Leaving Certificate Examination, 1907
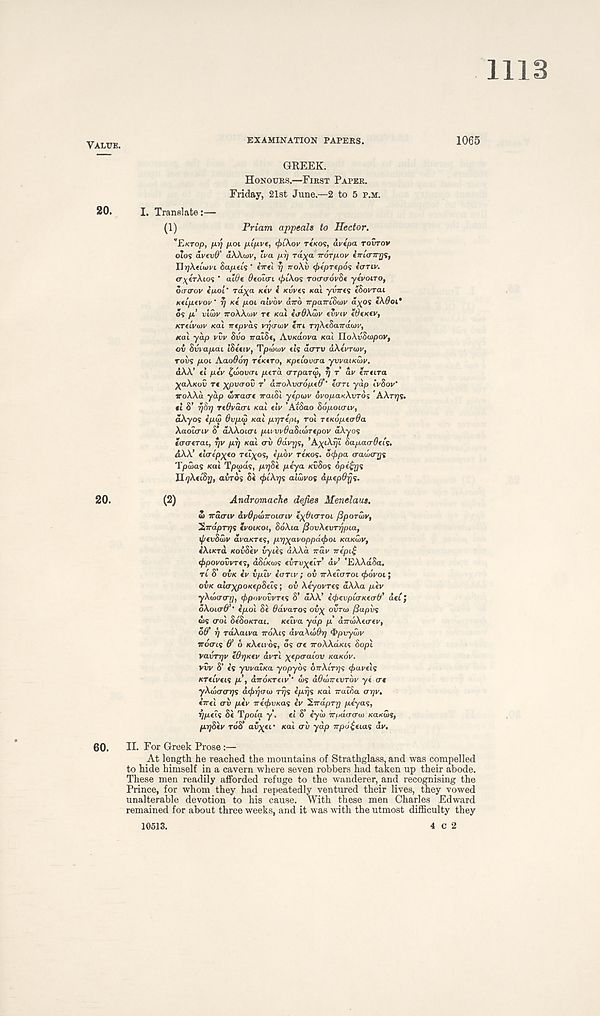
VALUE.
EXAMINATION PAPEKS.
1065
GREEK.
HONOURS.—FIRST PAPER.
Friday, 21st June.—2 to 5 P.M.
20.
I. Translate:—
(1)
Priam appeals to Hector.
"E-KTOp, p.r) poi fJLL/JLVf, <j>C\oV TfKO<S, aVtpO. TOVTOV
otos dv(v@' dWwv, Iva pi] rd^a rrorpoy € Trier TTIJS,
UrjAeiarri Sa/xeis ' end r] TTOXU (fitprepos hjTiv.
c^eVAios * aWe Oeoio’t </)iAos TocraovSe yevoiro,
oatrov epoi * rd^a K«V i Kvves KCLI yvne<s ebovrai
neLptvov ‘ ^ K€ poi alvov dno npaniSoiv d^os «Adoi*
os /*’ ulior iroAA.wi' rt xai ecrdAdii' evrtp lOtKev,
KTeivoiv KOI wepva<; vqawv eiri TrjXeSandwr,
teal yap vvv Svo iralSe, Avudova Kal HoXvSoipov,
oh Smapai ISeeiv, Tpiowv eU doru akemuiv,
Toils poL Aaodorj rexero, Kpelovaa yvvaiK<hy.
dAA’ el pev ^liioviri perd o-rparw, T] T dv eneira
^aXieov re xpvcrov r dirokvcroped’' eern yap irSoy*
iroAAd yap wnaere naiSl yepon* ovopaxkvTos 'AXTTJS.
ci 8’ 77877 re6vo.cn xal elv ’AiSao SopoLcnv,
dAyos epiZ 6vp<p Kal pr/repi, roi rexopeada
Xaoicnv 8’ dAAoicri pii vvOaduhrepov dAyos
iaaerai, rjv pi] xal av 6dvr)<;t 'AypArji bapaadeis.
dAA’ elcrep^eo rei^os, f/xdr Texas. ocf>pa <ra<i>ar]s
Tpwas Kai Tpwds, /tXTjSi peya KOSOS opefcrjs
D^AciSj;, aords 8* <f>lXr]s alwvos apepdfjS.
20.
(2)
Andromache defies Menelaus.
<L naxrtv dvOpeLnounv t^^nrroi fiporuiv,
^ndpTrjs evoLxoi, 8dAta fiovXevrrjpLa,
if/evSwv avaxres, prj^avoppdeboL xaxCiV,
eXixra xovSev hyies dXXd ndv nepi£
iftpovovvTes, dSlxws eirv^elr dv 'EAAdSo.
ri 8’ oi/c ci/ vplv eanv ; oh nXeioroi <f>6voi]
ohx ala^poxepStLS; oh Xeyovres dXXa pev
yAojcrcrr;, eppovovvres 8’ dAA’ ecfrevploKeo-d’ del,
oXoicrd’' epo'i 8« OOVUTOS oh\ OVTID /Sophs
ws croi SeSoxTai. xelva yap p dnuiXevev,
od’t] raXaiva TTOAIS dvakmOr] QpvyCw
irocns 6’ 6 xXeuos, os ere iroAAd/as 8opi
vavrrjv edrjxev dvrl ^tpaaiov KOKOV.
vvv S’ is yvvaixa yopybs onXlrrjs eftavels
xreiveis p , dndxTetv <Ls dOwnevTov ye ere
yXwererrjs deftr/eru) Trjs epps xal naiSa err/v.
in el arv pev neef>vxas iv IndpTr] peyas,
rjpeis Se Tpolei y .
el S’ eyai npaoeru) xaxws,
prjSev rdS’ ai^ei* xal ah yap npu£eias dv.
60. II. For Greek Prose:—
At length he reached the mountains of Strathglass, and was compelled
to hide himself in a cavern where seven robbers had taken up their abode.
These men readily afforded refuge to the wanderer, and recognising the
Prince, for whom they had repeatedly ventured their lives, they vowed
unalterable devotion to his cause. With these men Charles Edward
remained for about three weeks, and it was with the utmost difficulty they
10513.
4 C 2